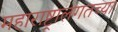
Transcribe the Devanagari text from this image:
महाराष्ट्रालगतच्या